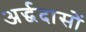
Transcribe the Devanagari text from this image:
अर्द्धदासों